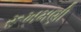
રૂખમણી